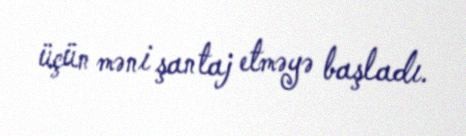
üçün məni şantaj etməyə başladı.